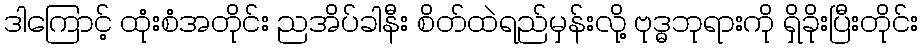
ဒါကြောင့် ထုံးစံအတိုင်း ညအိပ်ခါနီး စိတ်ထဲရည်မှန်းလို့ ဗုဒ္ဓဘုရားကို ရှိခိုးပြီးတိုင်း